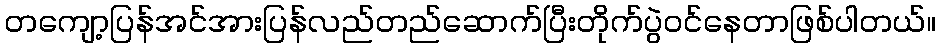
တကျော့ပြန်အင်အားပြန်လည်တည်ဆောက်ပြီးတိုက်ပွဲဝင်နေတာဖြစ်ပါတယ်။